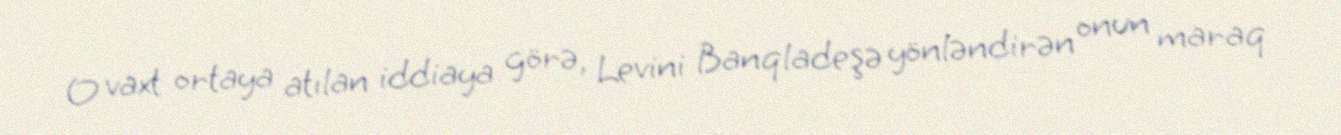
O vaxt ortaya atılan iddiaya görə, Levini Banqladeşə yönləndirən onun maraq